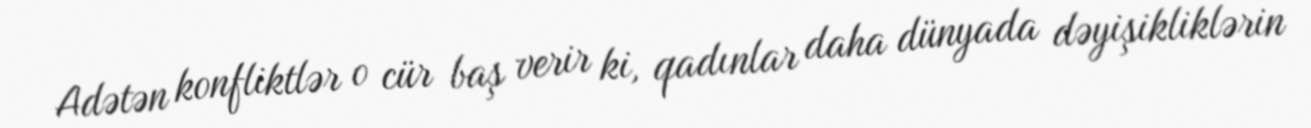
Adətən konfliktlər o cür baş verir ki, qadınlar daha dünyada dəyişikliklərin